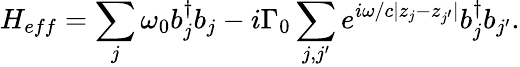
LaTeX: H_{eff}=\sum_{j}{\omega_{0}b_{j}^{\dagger}b_{j}}-i\Gamma_{0}\sum_{j,j^{\prime}}{e^{i\omega/c|z_{j}-z_{j^{\prime}}|}b_{j}^{\dagger}b_{j^{\prime}}}.